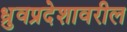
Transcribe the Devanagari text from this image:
ध्रुवप्रदेशावरील